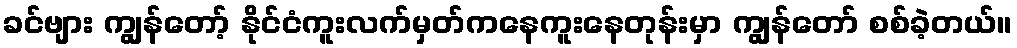
ခင်ဗျား ကျွန်တော့် နိုင်ငံကူးလက်မှတ်ကနေကူးနေတုန်းမှာ ကျွန်တော် စစ်ခဲ့တယ်။